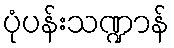
ပုံပန်းသဏ္ဍာန်